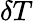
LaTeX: \delta T